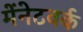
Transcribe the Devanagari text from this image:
मेंनेटवर्क